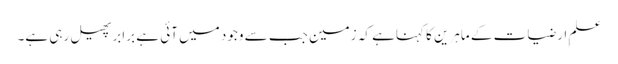
علمِ ارضیات کے ماہرین کا کہناہے کہ زمین جب سے وجود میں آئی ہے برابرپھیل رہی ہے۔